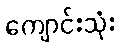
ကျောင်းသုံး